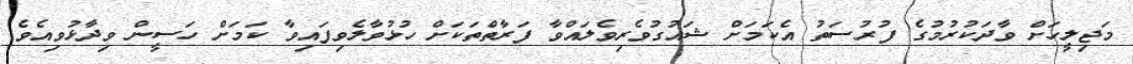
މަޖިލީހަށް ވާދަކުރުމުގެ ފުރުސަތު އެކަމަށް ޝައުގުވެރިވެލައްވާ ފަރާތްތަކަށް ހުޅުވާލެވިފައިވާ ކަމަށް ހަސީން ވިދާޅުވިއެވެ.